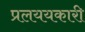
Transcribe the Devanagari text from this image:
प्रलययकारी